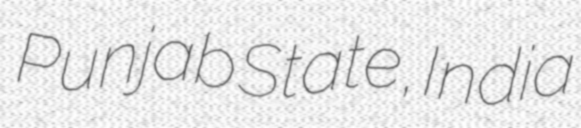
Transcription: Punjab State, India